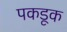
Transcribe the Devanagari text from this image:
पकडूक